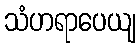
သံဟရာပေယျ